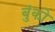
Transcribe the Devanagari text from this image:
बुंको